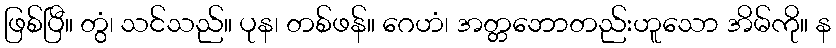
ဖြစ်ပြီ။ တွံ၊ သင်သည်။ ပုန၊ တစ်ဖန်။ ဂေဟံ၊ အတ္တဘောတည်းဟူသော အိမ်ကို။ န